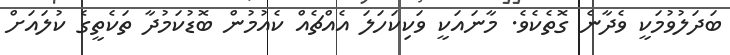
ބަދަލުވުމަކީ ވެދާނެ ގޮތެކެވެ. މާނައަކީ ވަކިކަހަލަ އެއްޗެއް ކެއުމުން ބޮޑުކަމުދާ ތަކެތީގެ ކުލައަށް